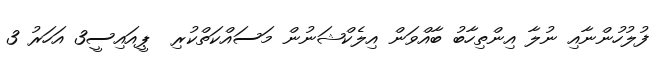
ފުލުހުންނާއި ނުލާ އިންތިހާބު ބާއްވަން އިލެކްޝަނުން މަސައްކަތްކުރި  ޕީއައިސީ3 އަހަރު 3